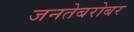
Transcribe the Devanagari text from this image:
जनतेबरोबर